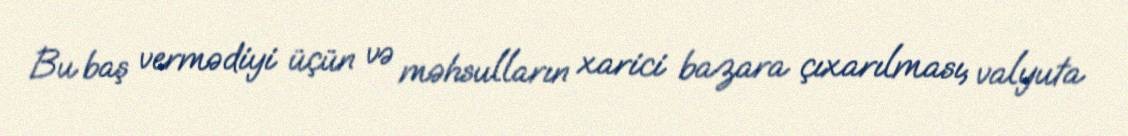
Bu baş vermədiyi üçün və məhsulların xarici bazara çıxarılması, valyuta